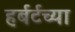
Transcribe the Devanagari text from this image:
हर्बर्टच्या